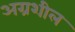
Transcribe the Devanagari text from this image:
अग्रशील